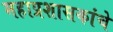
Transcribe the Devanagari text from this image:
महाप्रशासकांचे